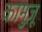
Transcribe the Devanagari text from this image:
कामुज़ू